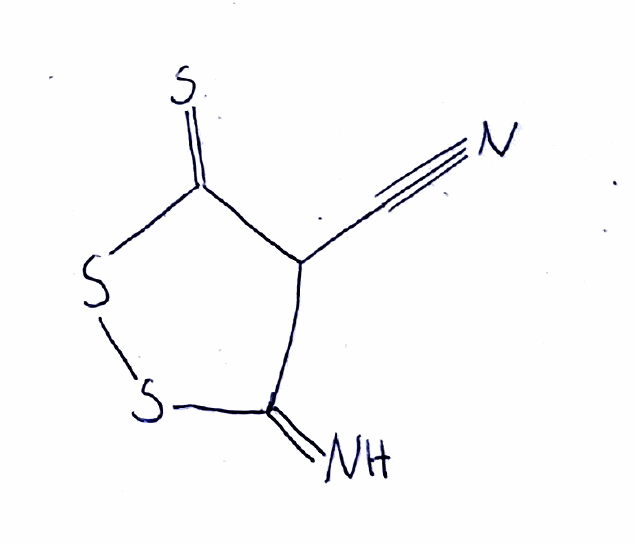
Simplified molecular-input line-entry system (SMILES) notation of the given molecule:
C(#N)C1C(=N)SSC1=S